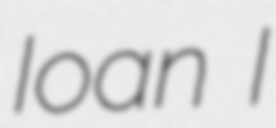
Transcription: Ioan I